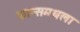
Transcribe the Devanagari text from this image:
फ्रान्समधला